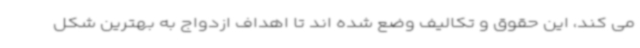
می کند، این حقوق و تکالیف وضع شده اند تا اهداف ازدواج به بهترین شکل